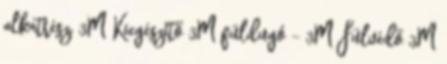
alkatrész, 3M Kiegészítő 3M füldugó - 3M Fülvédő 3M